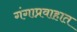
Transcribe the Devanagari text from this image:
गंगाप्रवाहात